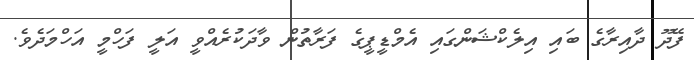
ފޭދޫ ދާއިރާގެ ބައި އިލެކްޝަންގައި އެމްޑީޕީގެ ފަރާތުން ވާދަކުރެއްވީ އަލީ ފަހްމީ އަހްމަދެވެ.